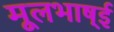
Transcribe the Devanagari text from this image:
मूलभाष्ई